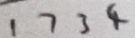
1 7 3 4